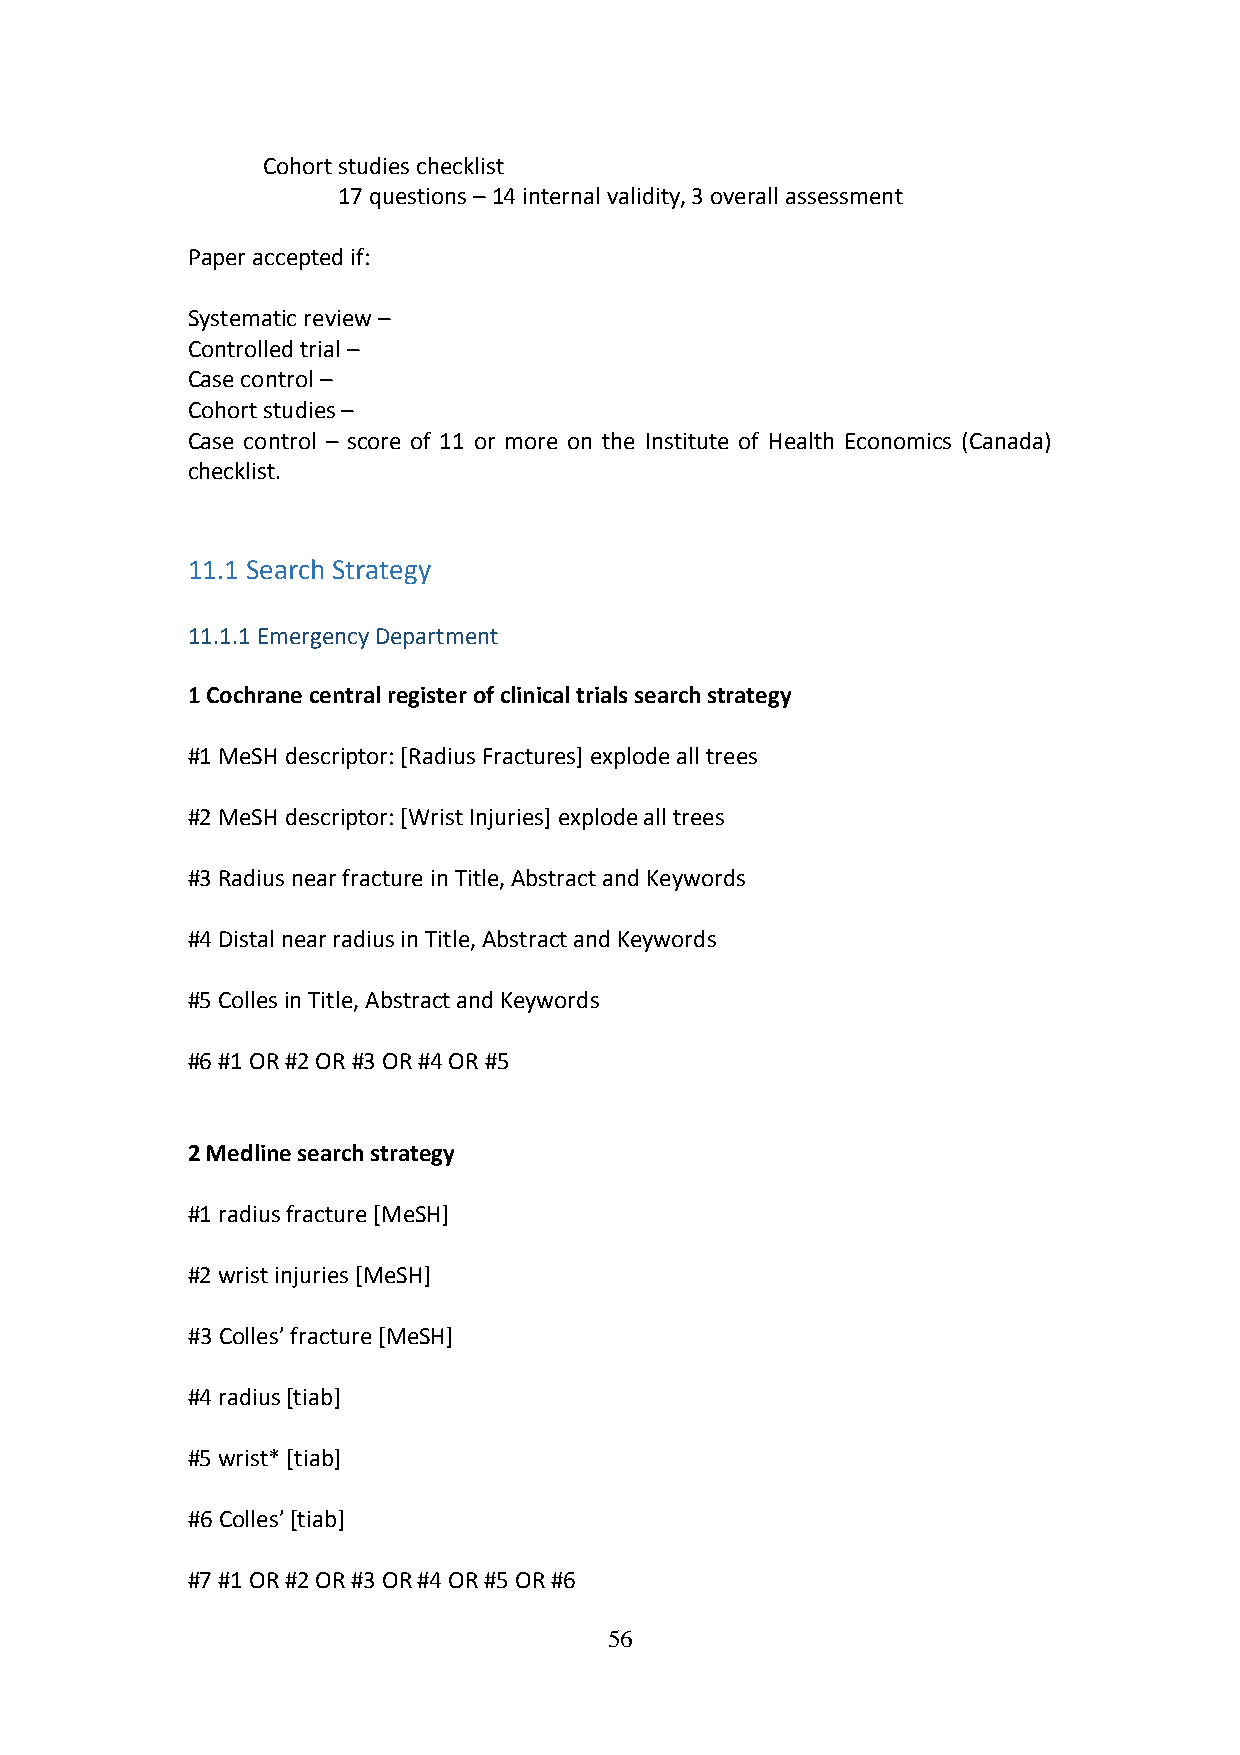
Cohort studies checklist
 17 questions – 14 internal validity, 3 overall assessment
 Paper accepted if:
 Systematic review –
 Controlled trial –
 Case control –
 Cohort studies –
 Case control – score of 11 or more on the Institute of Health Economics (Canada)
 checklist.
 11.1 Search Strategy
 11.1.1 Emergency Department
 1 Cochrane central register of clinical trials search strategy
 #1 MeSH descriptor: [Radius Fractures] explode all trees
 #2 MeSH descriptor: [Wrist Injuries] explode all trees
 #3 Radius near fracture in Title, Abstract and Keywords
 #4 Distal near radius in Title, Abstract and Keywords
 #5 Colles in Title, Abstract and Keywords
 #6 #1 OR #2 OR #3 OR #4 OR #5
 2 Medline search strategy
 #1 radius fracture [MeSH]
 #2 wrist injuries [MeSH]
 #3 Colles’ fracture [MeSH]
 #4 radius [tiab]
 #5 wrist* [tiab]
 #6 Colles’ [tiab]
 #7 #1 OR #2 OR #3 OR #4 OR #5 OR #6
 56